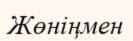
Жөніңмен